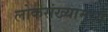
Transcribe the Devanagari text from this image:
लोकसंख्यामध्ये